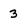
Character: 3